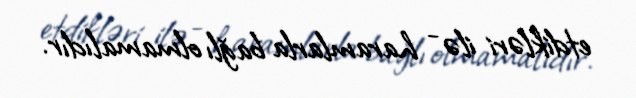
etdikləri ilə - haramlarla bağlı olmamalıdır.